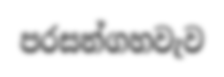
පරසන්ගහවැව